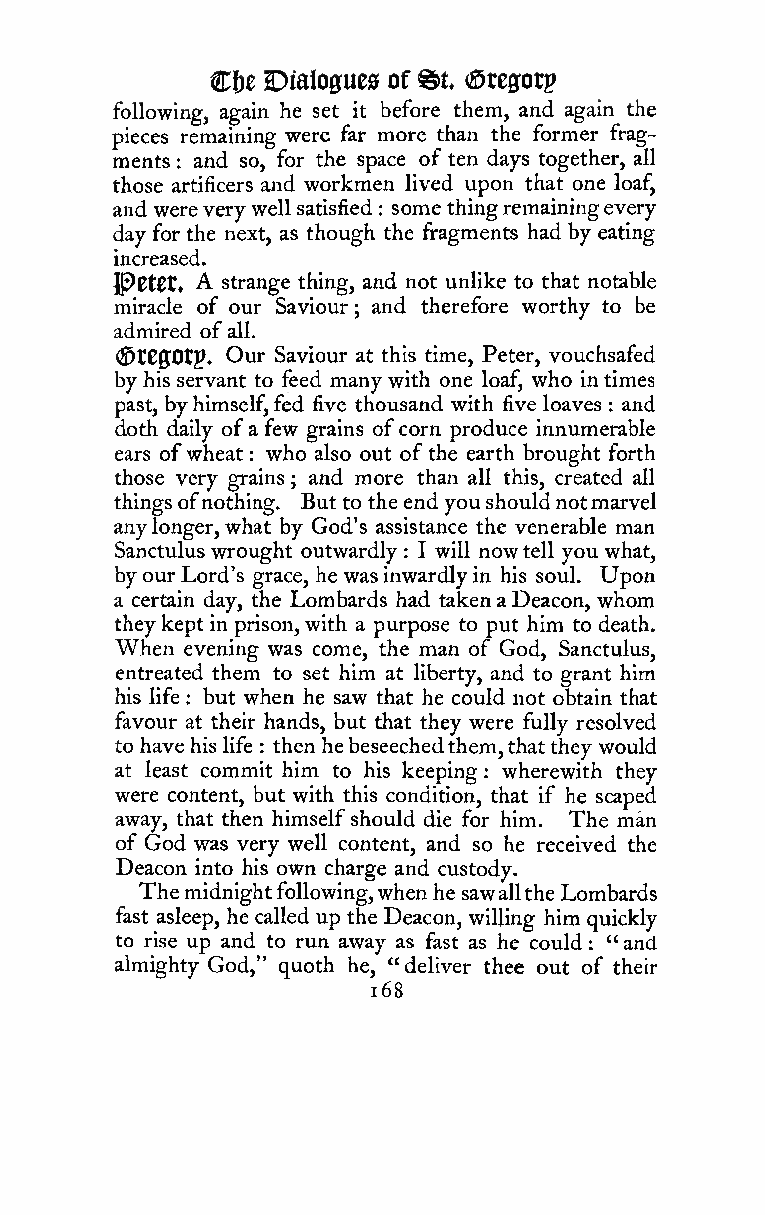
%t
 C&e Dialogues of <J5reffotg
 following, again he set it before them, and again the
 pieces remaining were far more than the former frag-
 ments and so, for the space of ten days together, all
 :
 those artificers and workmen lived upon that one loaf,
 and wereverywell satisfied some thingremainingevery
 :
 day for the next, as though the fragments had by eating
 increased.
 A
 Jp)0tCt. strange thing, and not unlike to that notable
 miracle of our Saviour and therefore worthy to be
 ;
 admired ofall.
 (©t00Otp, Our Saviour at this time, Peter, vouchsafed
 by his servant to feed many with one loaf, who intimes
 past, byhimself,fed five thousand with five loaves and
 :
 doth daily ofa few grains ofcorn produce innumerable
 ears ofwheat who also out of the earth brought forth
 :
 those very grains ; and more than all this, created all
 thingsofnothing. But to the end youshouldnotmarvel
 anylonger,what by God's assistance the venerable man
 Sanctulus wrought outwardly : I will now tell you what,
 byourLord's grace, he was inwardlyin his soul. Upon
 a certain day, the Lombards had takenaDeacon, whom
 theykept in prison,with a purpose to put him to death.
 When evening was come, the man of God, Sanctulus,
 entreated them to set him at liberty, and to grant him
 his life : but when he saw that he could not obtain that
 favour at their hands, but that they were fully resolved
 to have hislife
 :
 then hebeseechedthem,thatthey would
 at least commit him to his keeping wherewith they
 :
 were content, but with this condition, that if he scaped
 away, that then himselfshould die for him. The man
 of God was very well content, and so he received the
 Deacon into his own charge and custody.
 Themidnightfollowing,whenhe sawalltheLombards
 fast asleep, he called up the Deacon, willing him quickly
 to rise up and to run away as fast as he could : "and
 almighty God," quoth he, "deliver thee out of their
 i68